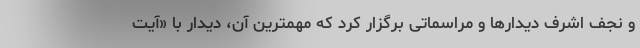
و نجف اشرف دیدارها و مراسماتی برگزار کرد که مهمترین آن، دیدار با «آیت